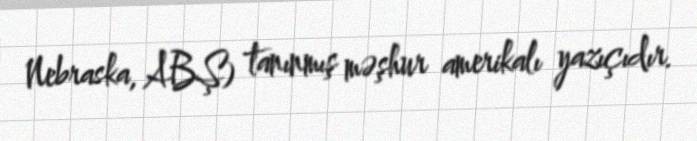
Nebraska, ABŞ) tanınmış məşhur amerikalı yazıçıdır.